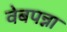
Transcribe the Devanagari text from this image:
वेबपन्ना